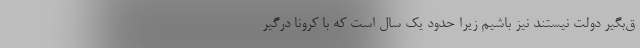
ق‌بگیر دولت نیستند نیز باشیم زیرا حدود یک سال است که با کرونا درگیر